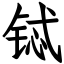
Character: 铽